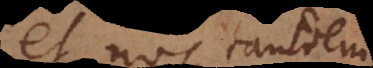
et nos tandem